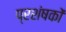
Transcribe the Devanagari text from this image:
प्रशंषकों